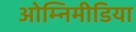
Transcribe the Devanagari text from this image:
ओम्‍निमीडिया